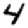
Digit: 4